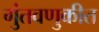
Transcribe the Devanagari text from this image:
गुंतवणुकीत